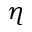
\eta